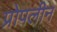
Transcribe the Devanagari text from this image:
प्रोपलीन